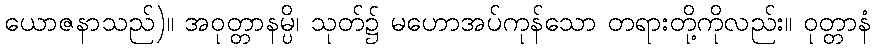
ယောဇနာသည်)။ အဝုတ္တာနမ္ပိ၊ သုတ်၌ မဟောအပ်ကုန်သော တရားတို့ကိုလည်း။ ဝုတ္တာနံ